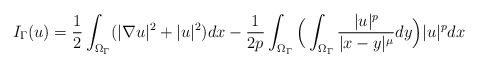
\begin{align*} I_\Gamma(u)=\frac 12 \int_{\Omega_\Gamma}(|\nabla u|^{2}+|u|^{2})dx -\frac {1}{2p} \int_{\Omega_\Gamma}\Big(\int_{\Omega_\Gamma} \frac{ |u|^p}{|x-y|^{\mu}}dy\Big)|u|^{p}dx\end{align*}